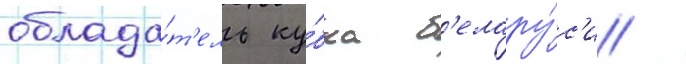
облада́т'ель ку́бка б'елару́с'и /